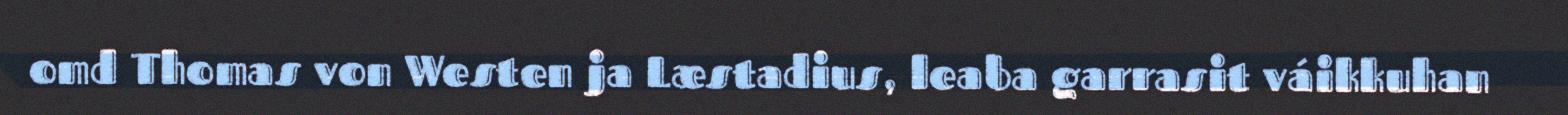
omd Thomas von Westen ja Læstadius, leaba garrasit váikkuhan